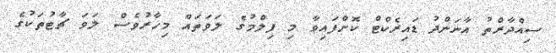
ސިއްދާރްތު އާނަންދު ޑައިރެކްޓް ކޮށްފައިވާ މި ފިލްމުގެ ލަވަތައް މިހާރުވެސް ލަވަ ޗާޓުތަކުގެ